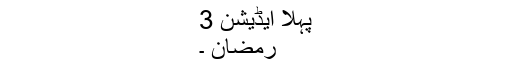
پہلا ایڈیشن 3
رمضان ۔